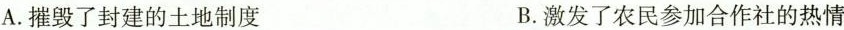
A. 摧毁了封建的土地制度 B. 激发了农民参加合作社的热情